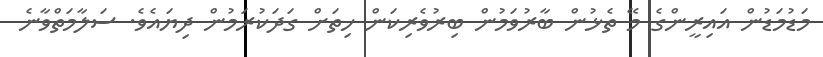
މަޑުމަޑުން އައިރީންގެ މޭ ތެޅުން ބާރުވަމުން ބިރުވެރިކަން ހިތަށް ގަދަކުރަމުން ދިޔައެވެ. ސަލާމަތްވާނެ